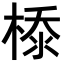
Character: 𣕊